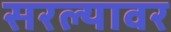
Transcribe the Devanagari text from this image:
सरल्यावर